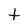
Character: t